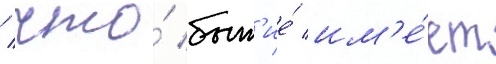
/ что́ быт'ие́ им'е́ет